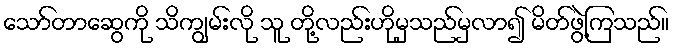
သော်တာဆွေကို သိကျွမ်းလို သူ တို့လည်းဟိုမှသည်မှလာ၍ မိတ်ဖွဲ့ကြသည်။